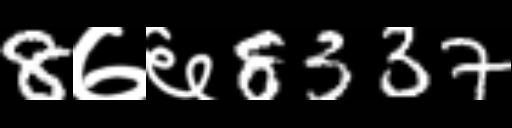
Text: 8७६8337